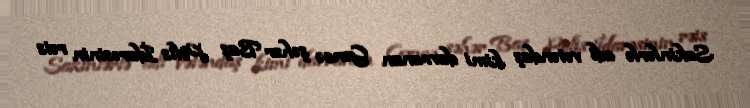
Sakinlərlə adi vətəndaş kimi davranan Gəncə şəhər Baş Polis İdarəsinin rəis